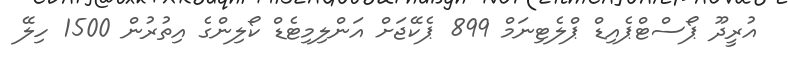
އުރީދޫ ޕޯސްޓްޕެއިޑް ޕްލެޓިނަމް 899 ޕެކޭޖަށް އަންލިމިޓެޑް ކޯލިންގެ އިތުރުން 1500 ހިލޭ